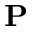
\mathbf { P }